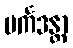
ပင်္ကဒန္တာ